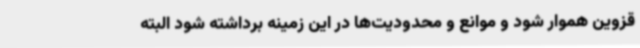
قزوین هموار شود و موانع و محدودیت‌ها در این زمینه برداشته شود البته